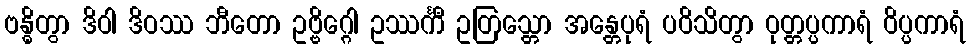
ဗန္ဓိတွာ ဒိဝါ ဒိဝဿ ဘီတော ဥဗ္ဗိဂ္ဂေါ ဥဿင်္ကီ ဥတြသ္တော အန္တေပုရံ ပဝိသိတွာ ဝုတ္တပ္ပကာရံ ဝိပ္ပကာရံ